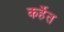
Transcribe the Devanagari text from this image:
कर्हेत